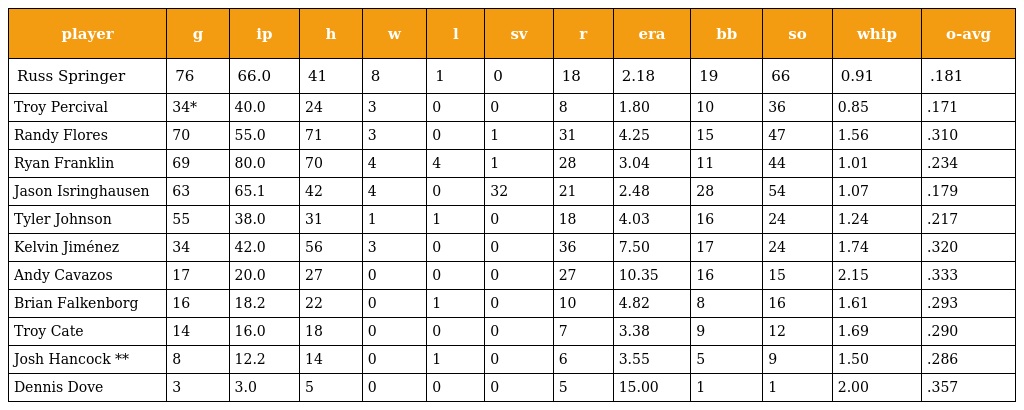
| player | g | ip | h | w | l | sv | r | era | bb | so | whip | o-avg |
 | --- | --- | --- | --- | --- | --- | --- | --- | --- | --- | --- | --- | --- |
 | Russ Springer | 76 | 66.0 | 41 | 8 | 1 | 0 | 18 | 2.18 | 19 | 66 | 0.91 | .181 |
 | Troy Percival | 34* | 40.0 | 24 | 3 | 0 | 0 | 8 | 1.80 | 10 | 36 | 0.85 | .171 |
 | Randy Flores | 70 | 55.0 | 71 | 3 | 0 | 1 | 31 | 4.25 | 15 | 47 | 1.56 | .310 |
 | Ryan Franklin | 69 | 80.0 | 70 | 4 | 4 | 1 | 28 | 3.04 | 11 | 44 | 1.01 | .234 |
 | Jason Isringhausen | 63 | 65.1 | 42 | 4 | 0 | 32 | 21 | 2.48 | 28 | 54 | 1.07 | .179 |
 | Tyler Johnson | 55 | 38.0 | 31 | 1 | 1 | 0 | 18 | 4.03 | 16 | 24 | 1.24 | .217 |
 | Kelvin Jiménez | 34 | 42.0 | 56 | 3 | 0 | 0 | 36 | 7.50 | 17 | 24 | 1.74 | .320 |
 | Andy Cavazos | 17 | 20.0 | 27 | 0 | 0 | 0 | 27 | 10.35 | 16 | 15 | 2.15 | .333 |
 | Brian Falkenborg | 16 | 18.2 | 22 | 0 | 1 | 0 | 10 | 4.82 | 8 | 16 | 1.61 | .293 |
 | Troy Cate | 14 | 16.0 | 18 | 0 | 0 | 0 | 7 | 3.38 | 9 | 12 | 1.69 | .290 |
 | Josh Hancock ** | 8 | 12.2 | 14 | 0 | 1 | 0 | 6 | 3.55 | 5 | 9 | 1.50 | .286 |
 | Dennis Dove | 3 | 3.0 | 5 | 0 | 0 | 0 | 5 | 15.00 | 1 | 1 | 2.00 | .357 |